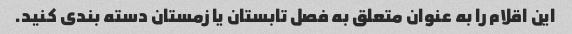
این اقلام را به عنوان متعلق به فصل تابستان یا زمستان دسته بندی کنید.